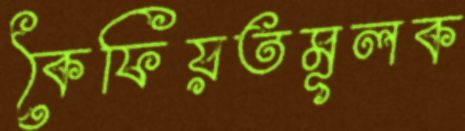
কৈফিয়তমূলক